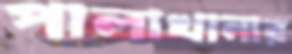
পালাখানার